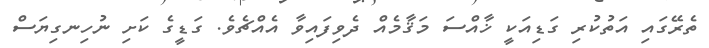
ތެރޭގައި އަތުކުރި ގަޑިއަކީ ޚާއްސަ މަޤާމެއް ދެވިފައިވާ އެއްޗެވެ. ގަޑީގެ ކަށި ނުހިނގިޔަސް